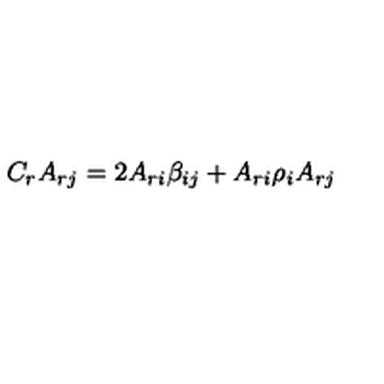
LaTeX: C _ { r } A _ { r j } = 2 A _ { r i } \beta _ { i j } + A _ { r i } \rho _ { i } A _ { r j }